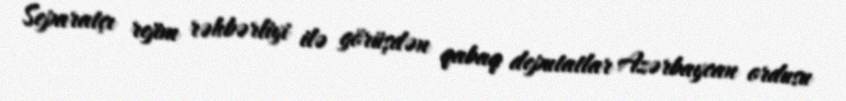
Separatçı rejim rəhbərliyi ilə görüşdən qabaq deputatlar Azərbaycan ordusu